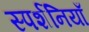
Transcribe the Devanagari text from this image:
स्पर्शनियाँ